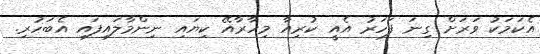
އެކަމަކު ވަރަށް ގިނަ ފަހަރު އެއީ ކުރިއާ މިހާރާއޭ ކިޔައި ނިންމާލައިފައި އެބަހުރި.